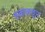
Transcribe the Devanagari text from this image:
हकलवून